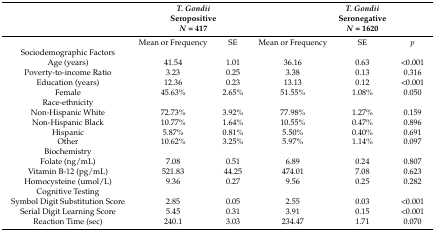
<table><thead><tr><td></td><td colspan="2"><b><i>T. Gondii</i> Seropositive <i>N</i> = 417</b></td><td></td><td><b><i>T. Gondii</i> Seronegative <i>N</i> = 1620</b></td><td></td></tr></thead><tbody><tr><td></td><td>Mean or Frequency</td><td>SE</td><td>Mean or Frequency</td><td>SE</td><td><i>p</i></td></tr><tr><td>Sociodemographic Factors</td><td></td><td></td><td></td><td></td><td></td></tr><tr><td>Age (years)</td><td>41.54</td><td>1.01</td><td>36.16</td><td>0.63</td><td>&lt;0.001</td></tr><tr><td>Poverty-to-income Ratio</td><td>3.23</td><td>0.25</td><td>3.38</td><td>0.13</td><td>0.316</td></tr><tr><td>Education (years)</td><td>12.36</td><td>0.23</td><td>13.13</td><td>0.12</td><td>&lt;0.001</td></tr><tr><td>Female</td><td>45.63%</td><td>2.65%</td><td>51.55%</td><td>1.08%</td><td>0.050</td></tr><tr><td>Race-ethnicity</td><td></td><td></td><td></td><td></td><td></td></tr><tr><td>Non-Hispanic White</td><td>72.73%</td><td>3.92%</td><td>77.98%</td><td>1.27%</td><td>0.159</td></tr><tr><td>Non-Hispanic Black</td><td>10.77%</td><td>1.64%</td><td>10.55%</td><td>0.47%</td><td>0.896</td></tr><tr><td>Hispanic</td><td>5.87%</td><td>0.81%</td><td>5.50%</td><td>0.40%</td><td>0.691</td></tr><tr><td>Other</td><td>10.62%</td><td>3.25%</td><td>5.97%</td><td>1.14%</td><td>0.097</td></tr><tr><td>Biochemistry</td><td></td><td></td><td></td><td></td><td></td></tr><tr><td>Folate (ng/mL)</td><td>7.08</td><td>0.51</td><td>6.89</td><td>0.24</td><td>0.807</td></tr><tr><td>Vitamin B-12 (pg/mL)</td><td>521.83</td><td>44.25</td><td>474.01</td><td>7.08</td><td>0.623</td></tr><tr><td>Homocysteine (umol/L)</td><td>9.36</td><td>0.27</td><td>9.56</td><td>0.25</td><td>0.282</td></tr><tr><td>Cognitive Testing</td><td></td><td></td><td></td><td></td><td></td></tr><tr><td>Symbol Digit Substitution Score</td><td>2.85</td><td>0.05</td><td>2.55</td><td>0.03</td><td>&lt;0.001</td></tr><tr><td>Serial Digit Learning Score</td><td>5.45</td><td>0.31</td><td>3.91</td><td>0.15</td><td>&lt;0.001</td></tr><tr><td>Reaction Time (sec)</td><td>240.1</td><td>3.03</td><td>234.47</td><td>1.71</td><td>0.070</td></tr></tbody></table>